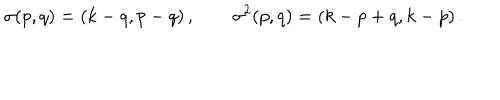
\sigma ( p , q ) = ( k - q , p - q ) \, , \qquad \sigma ^ { 2 } ( p , q ) = ( k - p + q , k - p ) \, .